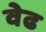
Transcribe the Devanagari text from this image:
वेढ